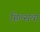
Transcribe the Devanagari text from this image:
हिल्सचा